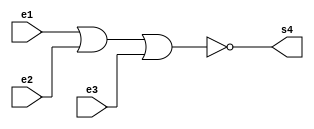

module metodonornand (s4,e1,e2,e3);

output s4;
input  e1,e2,e3;

assign s4 = ~(e1 | e2 | e3);

endmodule



module testnornand;

reg e1,e2,e3;
wire s1,s,s2,s3,s4;

metodonornand NORNAND1 ( s1,e1,e1,e1 );
metodonornand NORNAND2 ( s,e2,e2,e2 );
metodonornand NORNAND3 ( s2,e3,e3,e3 );
metodonornand NORNAND4 ( s3,s1,s,s2 );
metodonornand NORNAND5 ( s4,s3,s3,s3 );



initial begin:start
      e1=0; e2=0; e3=0;
		
end

initial begin:main

   #1 $display (" Tabela verdade da porta NOR com 3 entradas utilizando portas NAND ");
   #1 $display (" ~(e1 | e2 | e3) = s ");
	
	$monitor (" %b | %b | %b = %b ", e1,e2,e3,s4);
	   #1 e1=0;    e2=0;    e3=1;
      #1 e1=0;    e2=1;    e3=0;
      #1 e1=0;    e2=1;    e3=1;
		#1 e1=1;    e2=0;    e3=0;
		#1 e1=1;    e2=0;    e3=1;
		#1 e1=1;    e2=1;    e3=0;
		#1 e1=1;    e2=1;    e3=1;

	
end

endmodule

/* registrando o modulo
  Tabela verdade da porta NOR com 3 entradas utilizando portas NAND 
     ~(e1 | e2 | e3) = s 
     0 | 0 | 0 = 1 
     0 | 0 | 1 = 1 
     0 | 1 | 0 = 1 
     0 | 1 | 1 = 1 
     1 | 0 | 0 = 1 
     1 | 0 | 1 = 1 
     1 | 1 | 0 = 1 
     1 | 1 | 1 = 0 
    
     ----jGRASP: operation complete.
    */